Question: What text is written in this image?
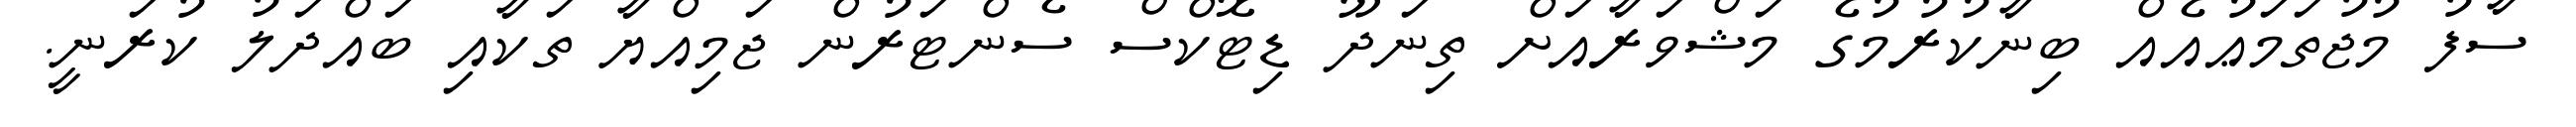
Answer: ސާފު މުޖުތަމަޢުއެއް ބިނާކުރުމުގެ މަޝްވަރާއަށް ތިނަދޫ ޑިޓޮކްސް ސެންޓަރުން ޖަމިއްޔާ ތަކާއި ބައްދަލު ކުރަނީ.